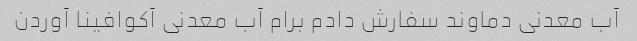
آب معدنی دماوند سفارش دادم برام آب معدنی آکوافینا آوردن